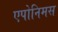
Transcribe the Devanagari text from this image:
एपोनिमस